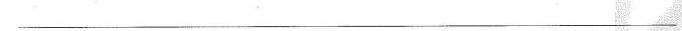
___